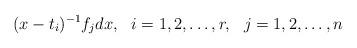
LaTeX: \begin{align*}(x-t_i)^{-1}f_jdx,\ \ i=1,2,\ldots,r, \ \ j=1,2,\ldots,n\end{align*}